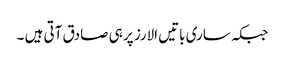
جبکہ ساری باتیں الارز پر ہی صادق آتی ہیں ۔